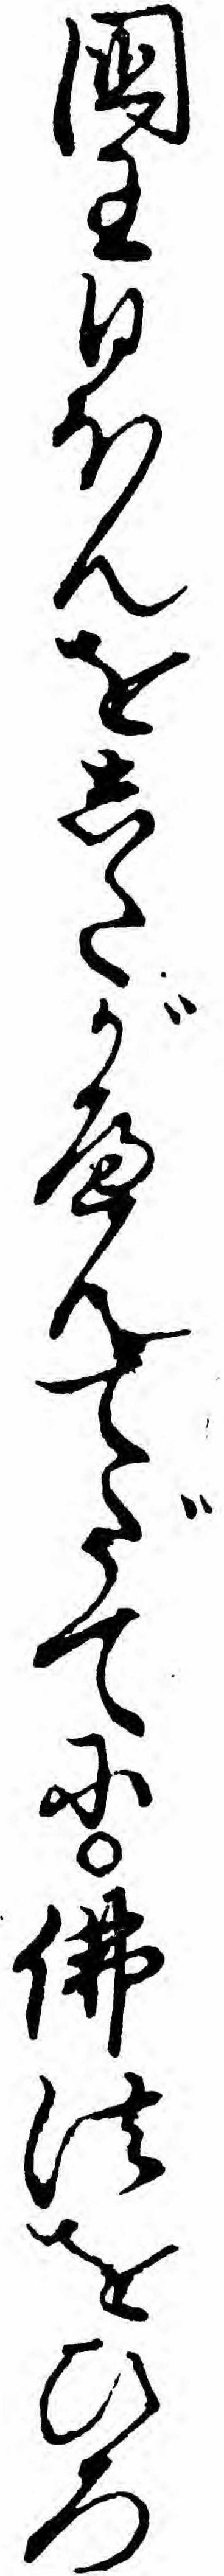
国王日ほんをしたがへんてだてに仏法をひろ